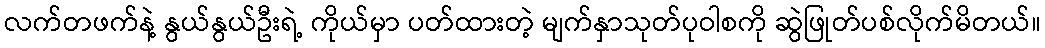
လက်တဖက်နဲ့ နွယ်နွယ်ဦးရဲ့ ကိုယ်မှာ ပတ်ထားတဲ့ မျက်နှာသုတ်ပုဝါစကို ဆွဲဖြုတ်ပစ်လိုက်မိတယ်။